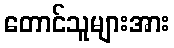
တောင်သူများအား